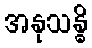
အနုသန္ဓိ